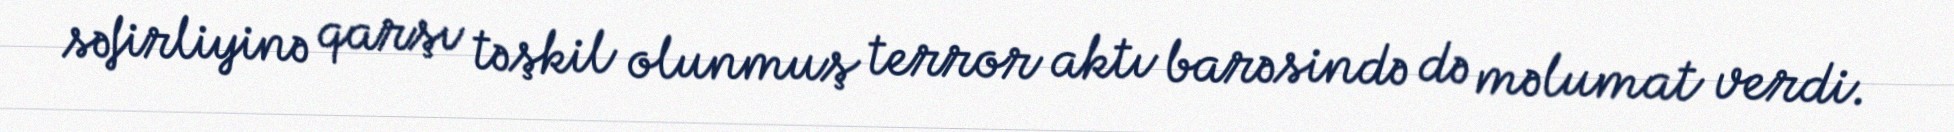
səfirliyinə qarşı təşkil olunmuş terror aktı barəsində də məlumat verdi.